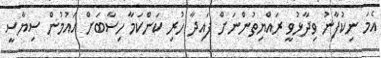
އެމަ ނިކުފާނު ވިދާޅުވީ ރައްޔިތުންނަށް ފައިދާ ހުރި ކަންކަމާ ހިސާބަށް އައުމުން ސިޔާސީ